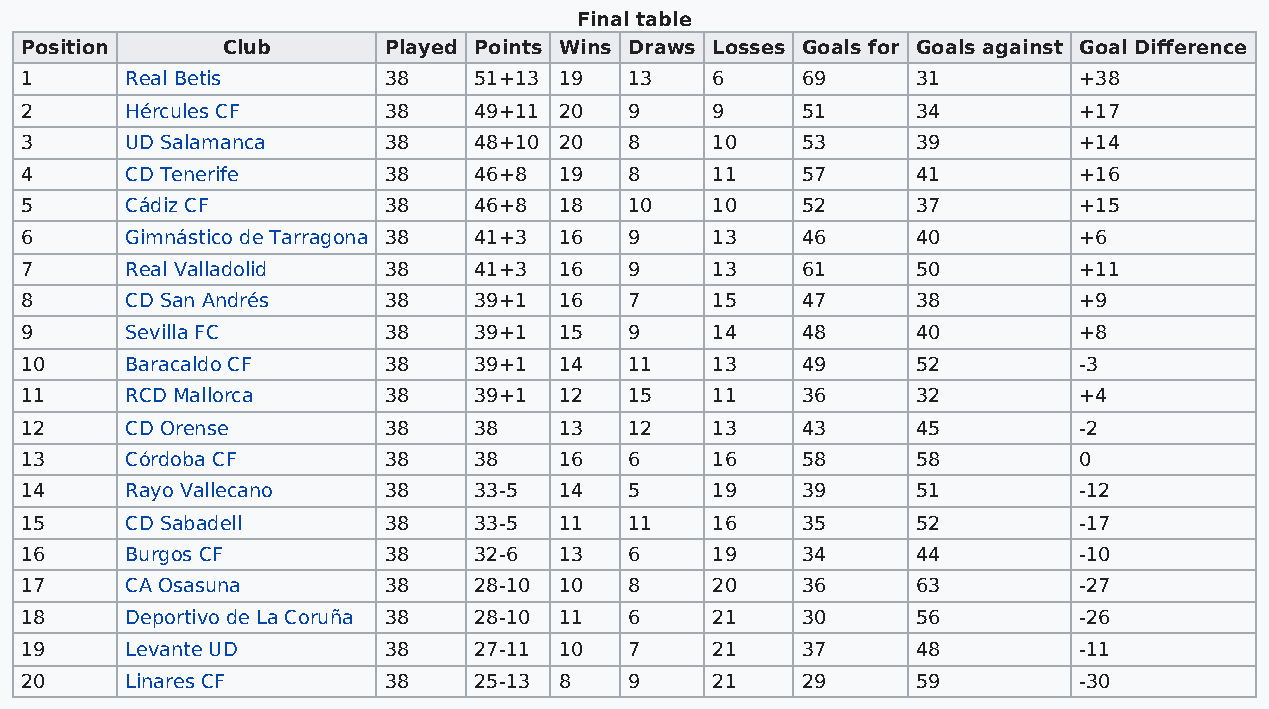
Final table
 Position      Club      Played Points Wins Draws Losses Goals for Goals against Goal Difference
 1      Real Betis       38    51+13 19   13   6     69      31        +38
 2      Hércules CF      38    49+11 20   9    9     51      34        +17
 3      UD Salamanca     38    48+10 20   8    10    53      39        +14
 4      CD Tenerife      38    46+8  19   8    11    57      41        +16
 5      Cádiz CF         38    46+8  18   10   10    52      37        +15
 6      Gimnástico de Tarragona 38 41+3 16 9   13    46      40        +6
 7      Real Valladolid  38    41+3  16   9    13    61      50        +11
 8      CD San Andrés    38    39+1  16   7    15    47      38        +9
 9      Sevilla FC       38    39+1  15   9    14    48      40        +8
 10     Baracaldo CF     38    39+1  14   11   13    49      52        -3
 11     RCD Mallorca     38    39+1  12   15   11    36      32        +4
 12     CD Orense        38    38    13   12   13    43      45        -2
 13     Córdoba CF       38    38    16   6    16    58      58        0
 14     Rayo Vallecano   38    33-5  14   5    19    39      51        -12
 15     CD Sabadell      38    33-5  11   11   16    35      52        -17
 16     Burgos CF        38    32-6  13   6    19    34      44        -10
 17     CA Osasuna       38    28-10 10   8    20    36      63        -27
 18     Deportivo de La Coruña 38 28-10 11 6   21    30      56        -26
 19     Levante UD       38    27-11 10   7    21    37      48        -11
 20     Linares CF       38    25-13 8    9    21    29      59        -30